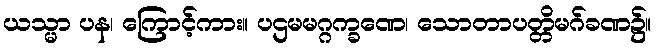
ယသ္မာ ပန၊ ကြောင့်ကား။ ပဌမမဂ္ဂက္ခဏေ၊ သောတာပတ္တိမဂ်ခဏ၌။